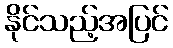
နိုင်သည့်အပြင်